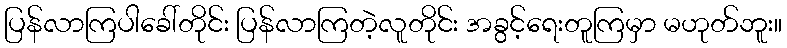
ပြန်လာကြပါခေါ်တိုင်း ပြန်လာကြတဲ့လူတိုင်း အခွင့်ရေးတူကြမှာ မဟုတ်ဘူး။